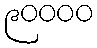
၉၀၀၀၀